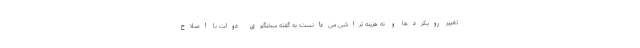
تغییر رویکردها و نه هزینه تراشی می‌دانست؛ به گفته سخنگوی دولت با اصلاح